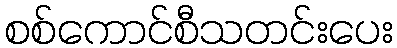
စစ်ကောင်စီသတင်းပေး